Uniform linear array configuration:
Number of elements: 48
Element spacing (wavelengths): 1
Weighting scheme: blackman
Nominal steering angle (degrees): -45
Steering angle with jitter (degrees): -44.724
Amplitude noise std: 0.05
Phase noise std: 0.05

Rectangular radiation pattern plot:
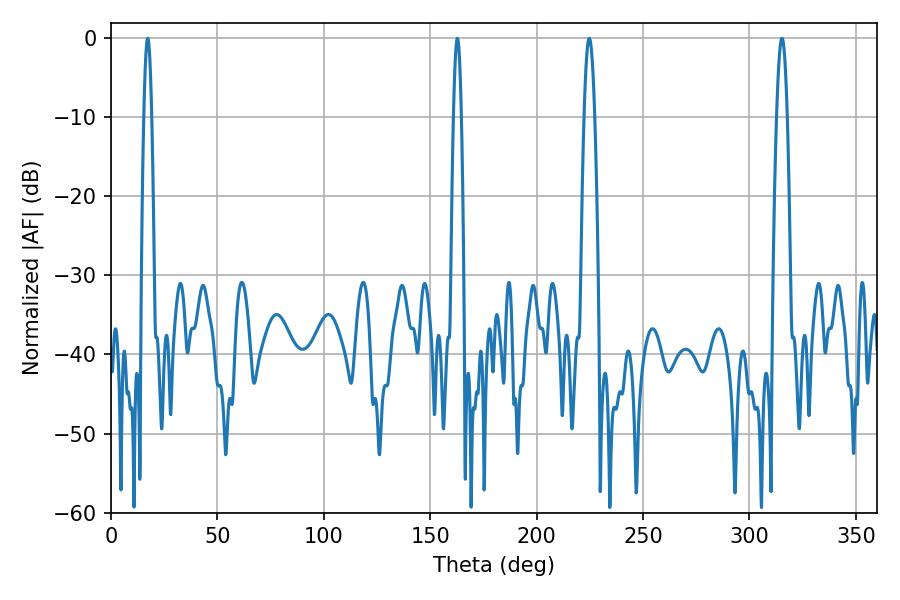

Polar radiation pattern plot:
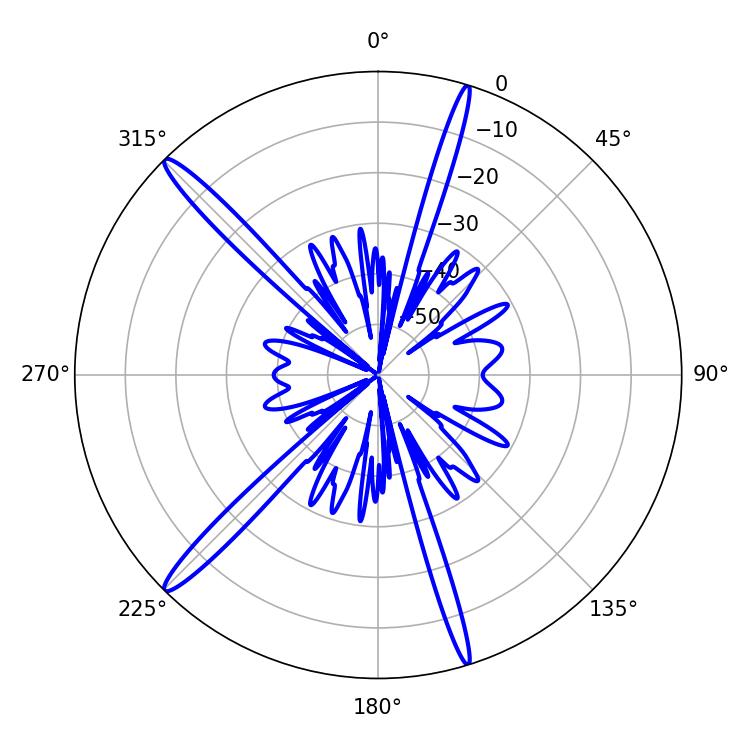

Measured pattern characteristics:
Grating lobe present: TRUE
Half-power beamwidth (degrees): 1.98
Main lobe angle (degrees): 17.28